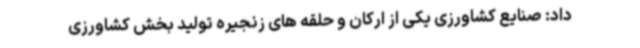
داد: صنایع کشاورزی یکی از ارکان و حلقه های زنجیره تولید بخش کشاورزی